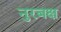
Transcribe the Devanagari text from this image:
नुरबक्ष